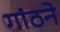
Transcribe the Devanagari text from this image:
गांठने